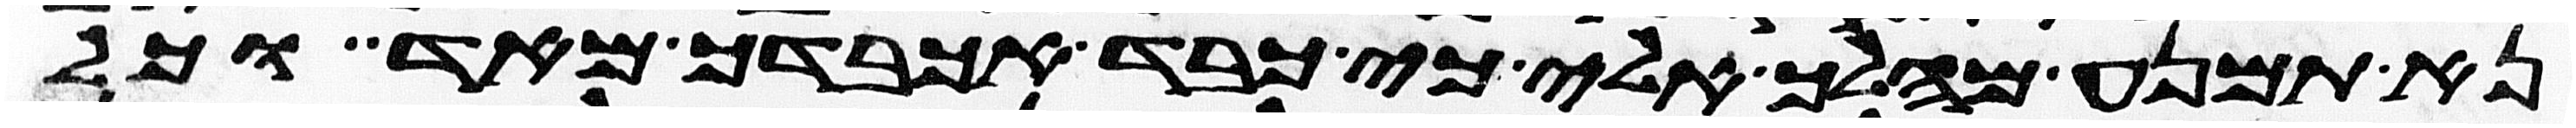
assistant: נא תמנע מהלך אלי כי כבד אכבדך מאד וכל